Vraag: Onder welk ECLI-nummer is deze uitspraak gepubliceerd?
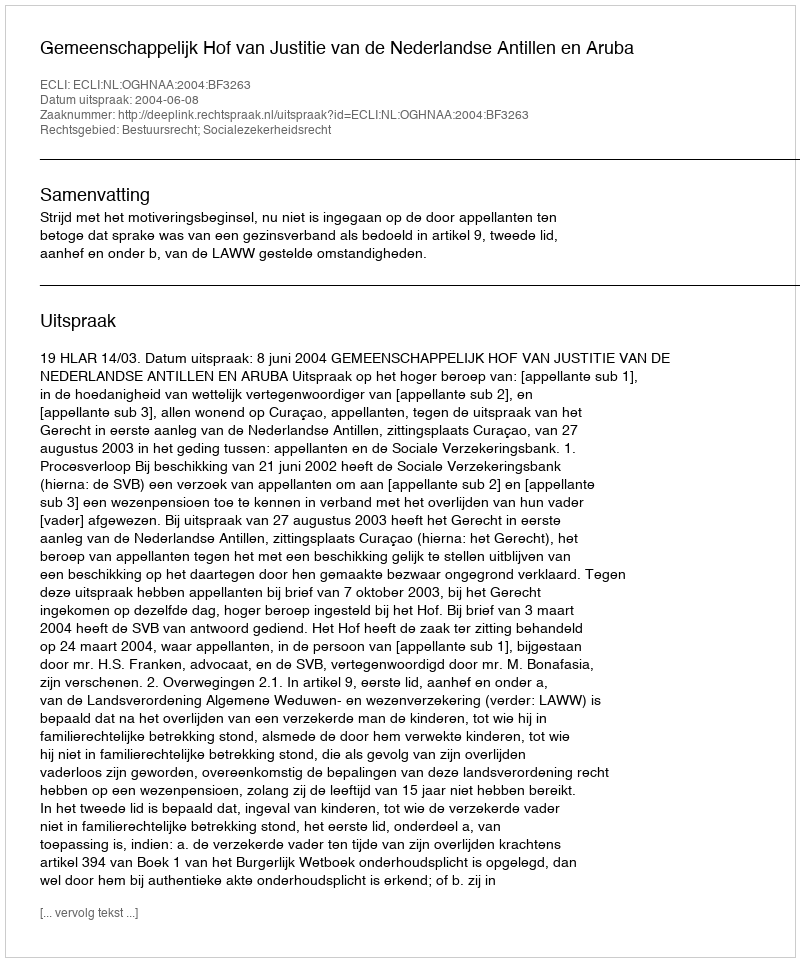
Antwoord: ECLI:NL:OGHNAA:2004:BF3263